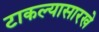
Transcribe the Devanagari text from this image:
टाकल्यासारखे